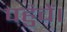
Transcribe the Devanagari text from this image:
पहुंचें।